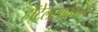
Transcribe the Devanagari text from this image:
हॉटेलसाखळी